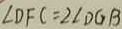
\angle D F C = 2 \angle D G B